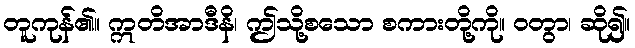
တူကုန်၏။ ဣတိအာဒီနိ၊ ဤသို့စသော စကားတို့ကို။ ဝတွာ၊ ဆို၍။